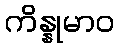
ကိန္နုမာဝ